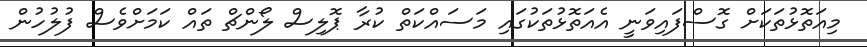
މިއަތޮޅުތަކަށް ގޮސްފައިވަނީ އެއަތޮޅުތަކުގައި މަސައްކަތް ކުރާ ޕޮލިސް ލޯންޗް ތައް ކަމަށްވެސް ފުލުހުން